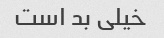
خیلی بد است